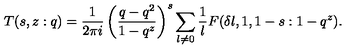
T ( s , z : q ) = \frac { 1 } { 2 \pi i } \left( \frac { q - q ^ { 2 } } { 1 - q ^ { z } } \right) ^ { s } \sum _ { l \ne 0 } \frac { 1 } { l } F ( \delta l , 1 , 1 - s : 1 - q ^ { z } ) .